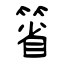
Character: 箵